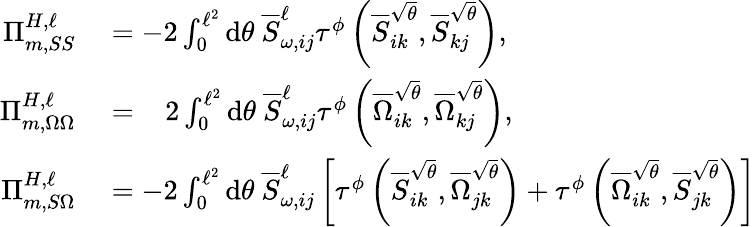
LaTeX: \begin{array}{rl}{\Pi_{m,SS}^{H,\ell}}&{{}=-2\int_{0}^{\ell^{2}}\mathrm{d}\theta~\overline{{S}}_{\omega,ij}^{\ell}\tau^{\phi}\left(\overline{{S}}_{ik}^{\sqrt{\theta}},\overline{{S}}_{kj}^{\sqrt{\theta}}\right),}\\ {\Pi_{m,\Omega\Omega}^{H,\ell}}&{{}=\; \; \; 2\int_{0}^{\ell^{2}}\mathrm{d}\theta~\overline{{S}}_{\omega,ij}^{\ell}\tau^{\phi}\left(\overline{{\Omega}}_{ik}^{\sqrt{\theta}},\overline{{\Omega}}_{kj}^{\sqrt{\theta}}\right),}\\ {\Pi_{m,S\Omega}^{H,\ell}}&{{}=-2\int_{0}^{\ell^{2}}\mathrm{d}\theta~\overline{{S}}_{\omega,ij}^{\ell}\left[\tau^{\phi}\left(\overline{{S}}_{ik}^{\sqrt{\theta}},\overline{{\Omega}}_{jk}^{\sqrt{\theta}}\right)+\tau^{\phi}\left(\overline{{\Omega}}_{ik}^{\sqrt{\theta}},\overline{{S}}_{jk}^{\sqrt{\theta}}\right)\right]}\end{array}